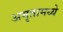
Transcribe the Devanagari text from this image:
अमृतामध्ये